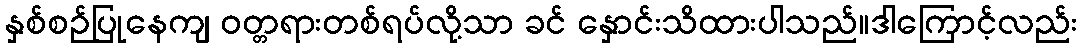
နှစ်စဉ်ပြုနေကျ ဝတ္တရားတစ်ရပ်လို့သာ ခင် နှောင်းသိထားပါသည်။ဒါကြောင့်လည်း